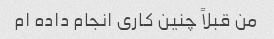
من قبلاً چنین کاری انجام داده ام